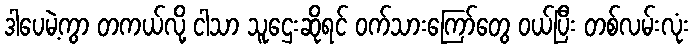
ဒါပေမဲ့ကွာ တကယ်လို့ ငါသာ သူဌေးဆိုရင် ဝက်သားကြော်တွေ ဝယ်ပြီး တစ်လမ်းလုံး